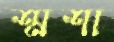
শ্মশা